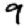
Digit: 9